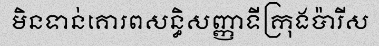
មិនទាន់គោរពសន្ធិសញ្ញាទីក្រុងប៉ារីស